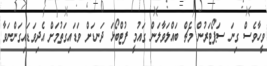
ވީހާވެސް ގިނަ ސަޕޯޓަރުން މެޗް ބައްލަވާލަން ގައުމީ ފުޓްބޯޅަ ދަނޑަށް ވަޑައިގަތުމަށް އެދިވަޑައިގަންނަވާ